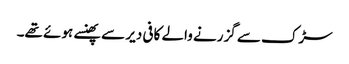
سڑک سے گزرنے والے کافی دیر سے پھنسے ہوئے تھے۔